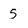
Character: 5